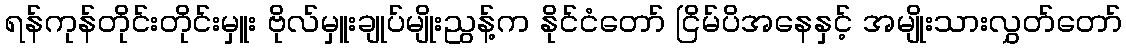
ရန်ကုန်တိုင်းတိုင်းမှူး ဗိုလ်မှူးချုပ်မျိုးညွန့်က နိုင်ငံတော် ငြိမ်ပိအနေနှင့် အမျိုးသားလွှတ်တော်